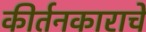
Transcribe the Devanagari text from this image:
कीर्तनकाराचे